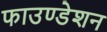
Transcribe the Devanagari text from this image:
फाउण्‍डेशन